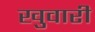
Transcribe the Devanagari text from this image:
खुवारी